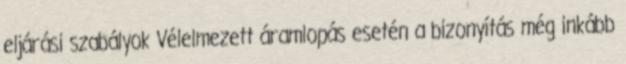
eljárási szabályok Vélelmezett áramlopás esetén a bizonyítás még inkább